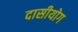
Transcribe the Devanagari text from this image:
दासीयोग